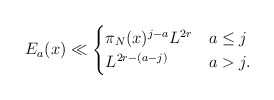
\begin{align*}E_a(x) \ll \begin{cases}\pi_N(x)^{j-a}L ^{2r} &a \leq j\\L^{2r - (a-j)} &a > j.\\\end{cases}\end{align*}